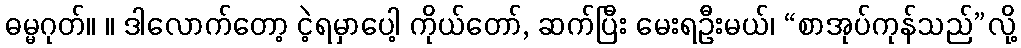
ဓမ္မဂုတ်။ ။ ဒါလောက်တော့ ငဲ့ရမှာပေါ့ ကိုယ်တော်, ဆက်ပြီး မေးရဦးမယ်၊ “စာအုပ်ကုန်သည်”လို့